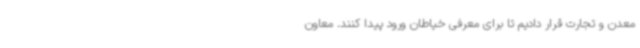
معدن و تجارت قرار دادیم تا برای معرفی خیاطان ورود پیدا کنند. معاون